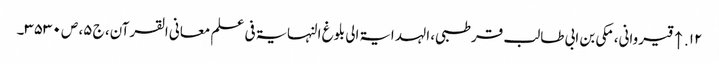
۱۲. ↑ قیروانی، مکی بن ابی طالب قرطبی، الہدایۃ الی بلوغ النہایۃ فی علم معانی القرآن، ج ۵، ص ۳۵۳۰۔